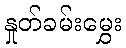
နှုတ်ခမ်းမွှေး